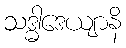
သဒ္ဓါဒေယျာနိ